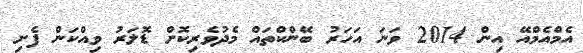
އެމްއެމްއޭ އިން 2014 ވަނަ އަހަރު ބޭންކްތައް މެދުވެރިކޮށް ޑޮލަރު ވިއްކަން ފެށި